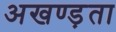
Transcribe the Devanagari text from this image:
अखण्ड़ता